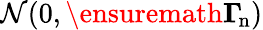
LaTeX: {\cal N}(0,\ensuremath{\boldsymbol\Gamma_{\! \mathrm{{n}}}})